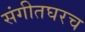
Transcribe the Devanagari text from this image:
संगीतघरच